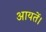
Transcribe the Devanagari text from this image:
आयतें।